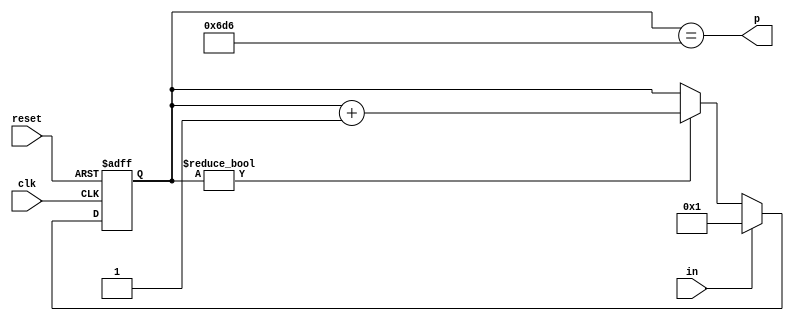
module dly35us(input clk, input reset, input in, output p);
	reg [11-1:0] r;
	always @(posedge clk or posedge reset) begin
		if(reset)
			r <= 0;
		else begin
			if(r)
				r <= r + 11'b1;
			if(in)
				r <= 1;
		end
	end
	assign p = r == 1750;
endmodule